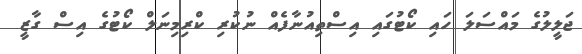
ޖަލީލުގެ މައްސަލަ ހައި ކޯޓުގައި އިސްތިއުނާފެއް ނުކުރި ކްރިމިނަލް ކޯޓުގެ އިސް ގާޒީ